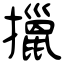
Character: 擸